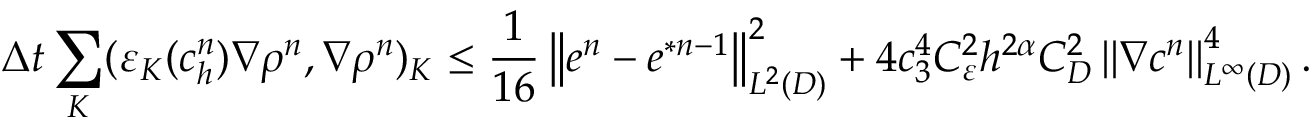
\Delta t \sum _ { K } ( \varepsilon _ { K } ( c _ { h } ^ { n } ) \nabla \rho ^ { n } , \nabla \rho ^ { n } ) _ { K } \leq \frac { 1 } { 1 6 } \left\Vert e ^ { n } - e ^ { \ast n - 1 } \right\Vert _ { L ^ { 2 } ( D ) } ^ { 2 } + 4 c _ { 3 } ^ { 4 } C _ { \varepsilon } ^ { 2 } h ^ { 2 \alpha } C _ { D } ^ { 2 } \left\Vert \nabla c ^ { n } \right\Vert _ { L ^ { \infty } ( D ) } ^ { 4 } .